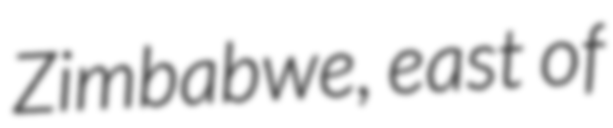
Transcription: Zimbabwe, east of